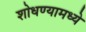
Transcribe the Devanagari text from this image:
शोधण्यामध्ये